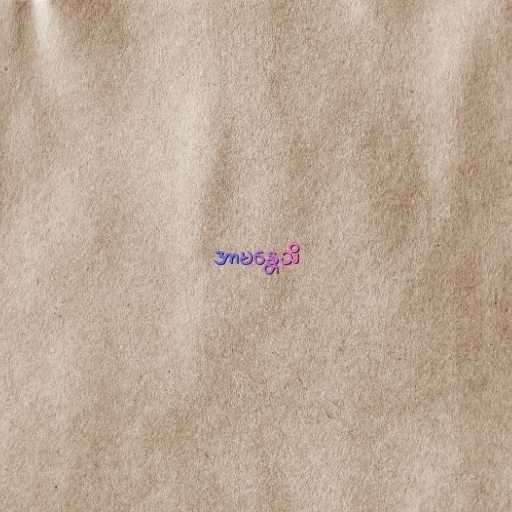
အာမန္တေသိ